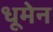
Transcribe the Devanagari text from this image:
धूमेन